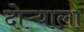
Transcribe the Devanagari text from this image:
दोऱ्याला